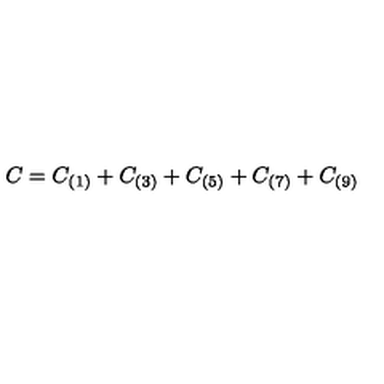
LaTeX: C = C _ { ( 1 ) } + C _ { ( 3 ) } + C _ { ( 5 ) } + C _ { ( 7 ) } + C _ { ( 9 ) }